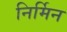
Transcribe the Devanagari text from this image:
निर्मिन